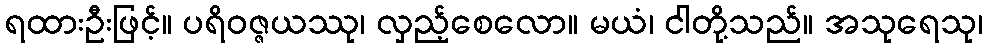
ရထားဦးဖြင့်။ ပရိဝဇ္ဇယဿု၊ လှည့်စေလော။ မယံ၊ ငါတို့သည်။ အသုရေသု၊